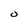
Character: O